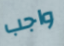
واجب